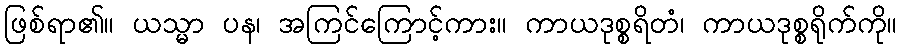
ဖြစ်ရာ၏။ ယသ္မာ ပန၊ အကြင်ကြောင့်ကား။ ကာယဒုစ္စရိတံ၊ ကာယဒုစ္စရိုက်ကို။